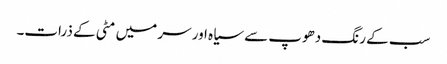
سب کے رنگ دھوپ سے سیاہ اور سر میں مٹی کے ذرات۔